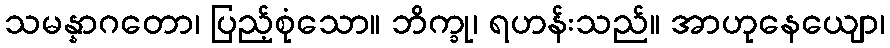
သမန္နာဂတော၊ ပြည့်စုံသော။ ဘိက္ခု၊ ရဟန်းသည်။ အာဟုနေယျော၊